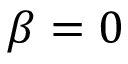
\beta = 0